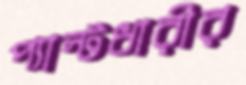
প্যান্টধারীর